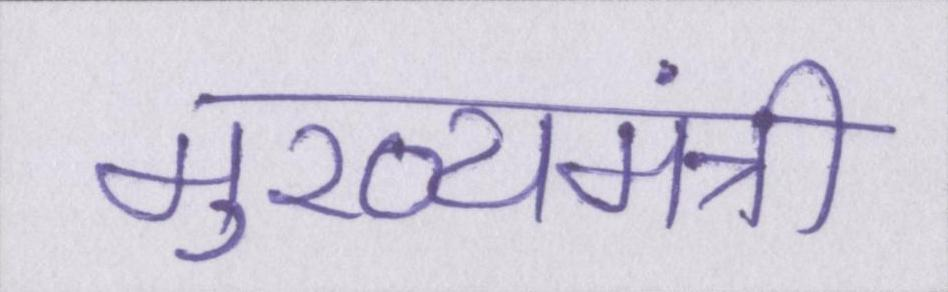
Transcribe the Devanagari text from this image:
मुख्यमंत्री